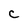
Character: C